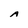
Character: A